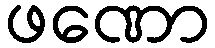
ဖဏော